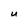
Character: U